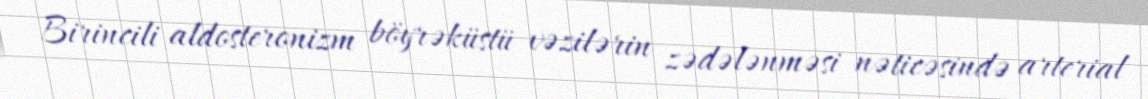
Birincili aldosteronizm böyrəküstü vəzilərin zədələnməsi nəticəsində arterial